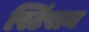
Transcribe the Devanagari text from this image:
स्टिंसन